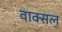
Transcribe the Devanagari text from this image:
वाक्‍सल